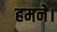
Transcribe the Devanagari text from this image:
हमने।